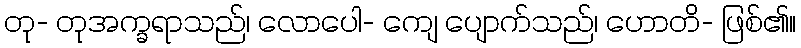
တု- တုအက္ခရာသည်၊ လောပေါ- ကျေ ပျောက်သည်၊ ဟောတိ- ဖြစ်၏။